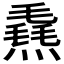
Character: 𪹮